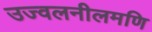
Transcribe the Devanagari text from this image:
उज्वलनीलमणि